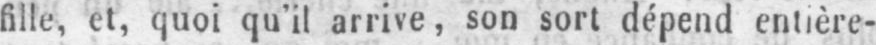
fille, et, quoi qu’il arrive, son sort dépend entière-